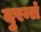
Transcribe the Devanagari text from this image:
दुरन्तं